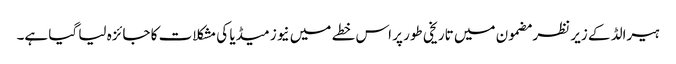
ہیرالڈ کے زیر نظر مضمون میں تاریخی طور پر اس خطے میں نیوز میڈیا کی مشکلات کا جائزہ لیا گیا ہے۔